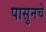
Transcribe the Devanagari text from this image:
पासुनचे